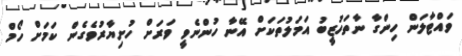
ވައްޓާލަން ހިންގާ ނާތަހުޒީބު އަމަލުތަކަށް އޭނާ ހުންނެވީ ވަރަށް ހުށިޔާރުވެގެން ކަމަށް ހޯމް